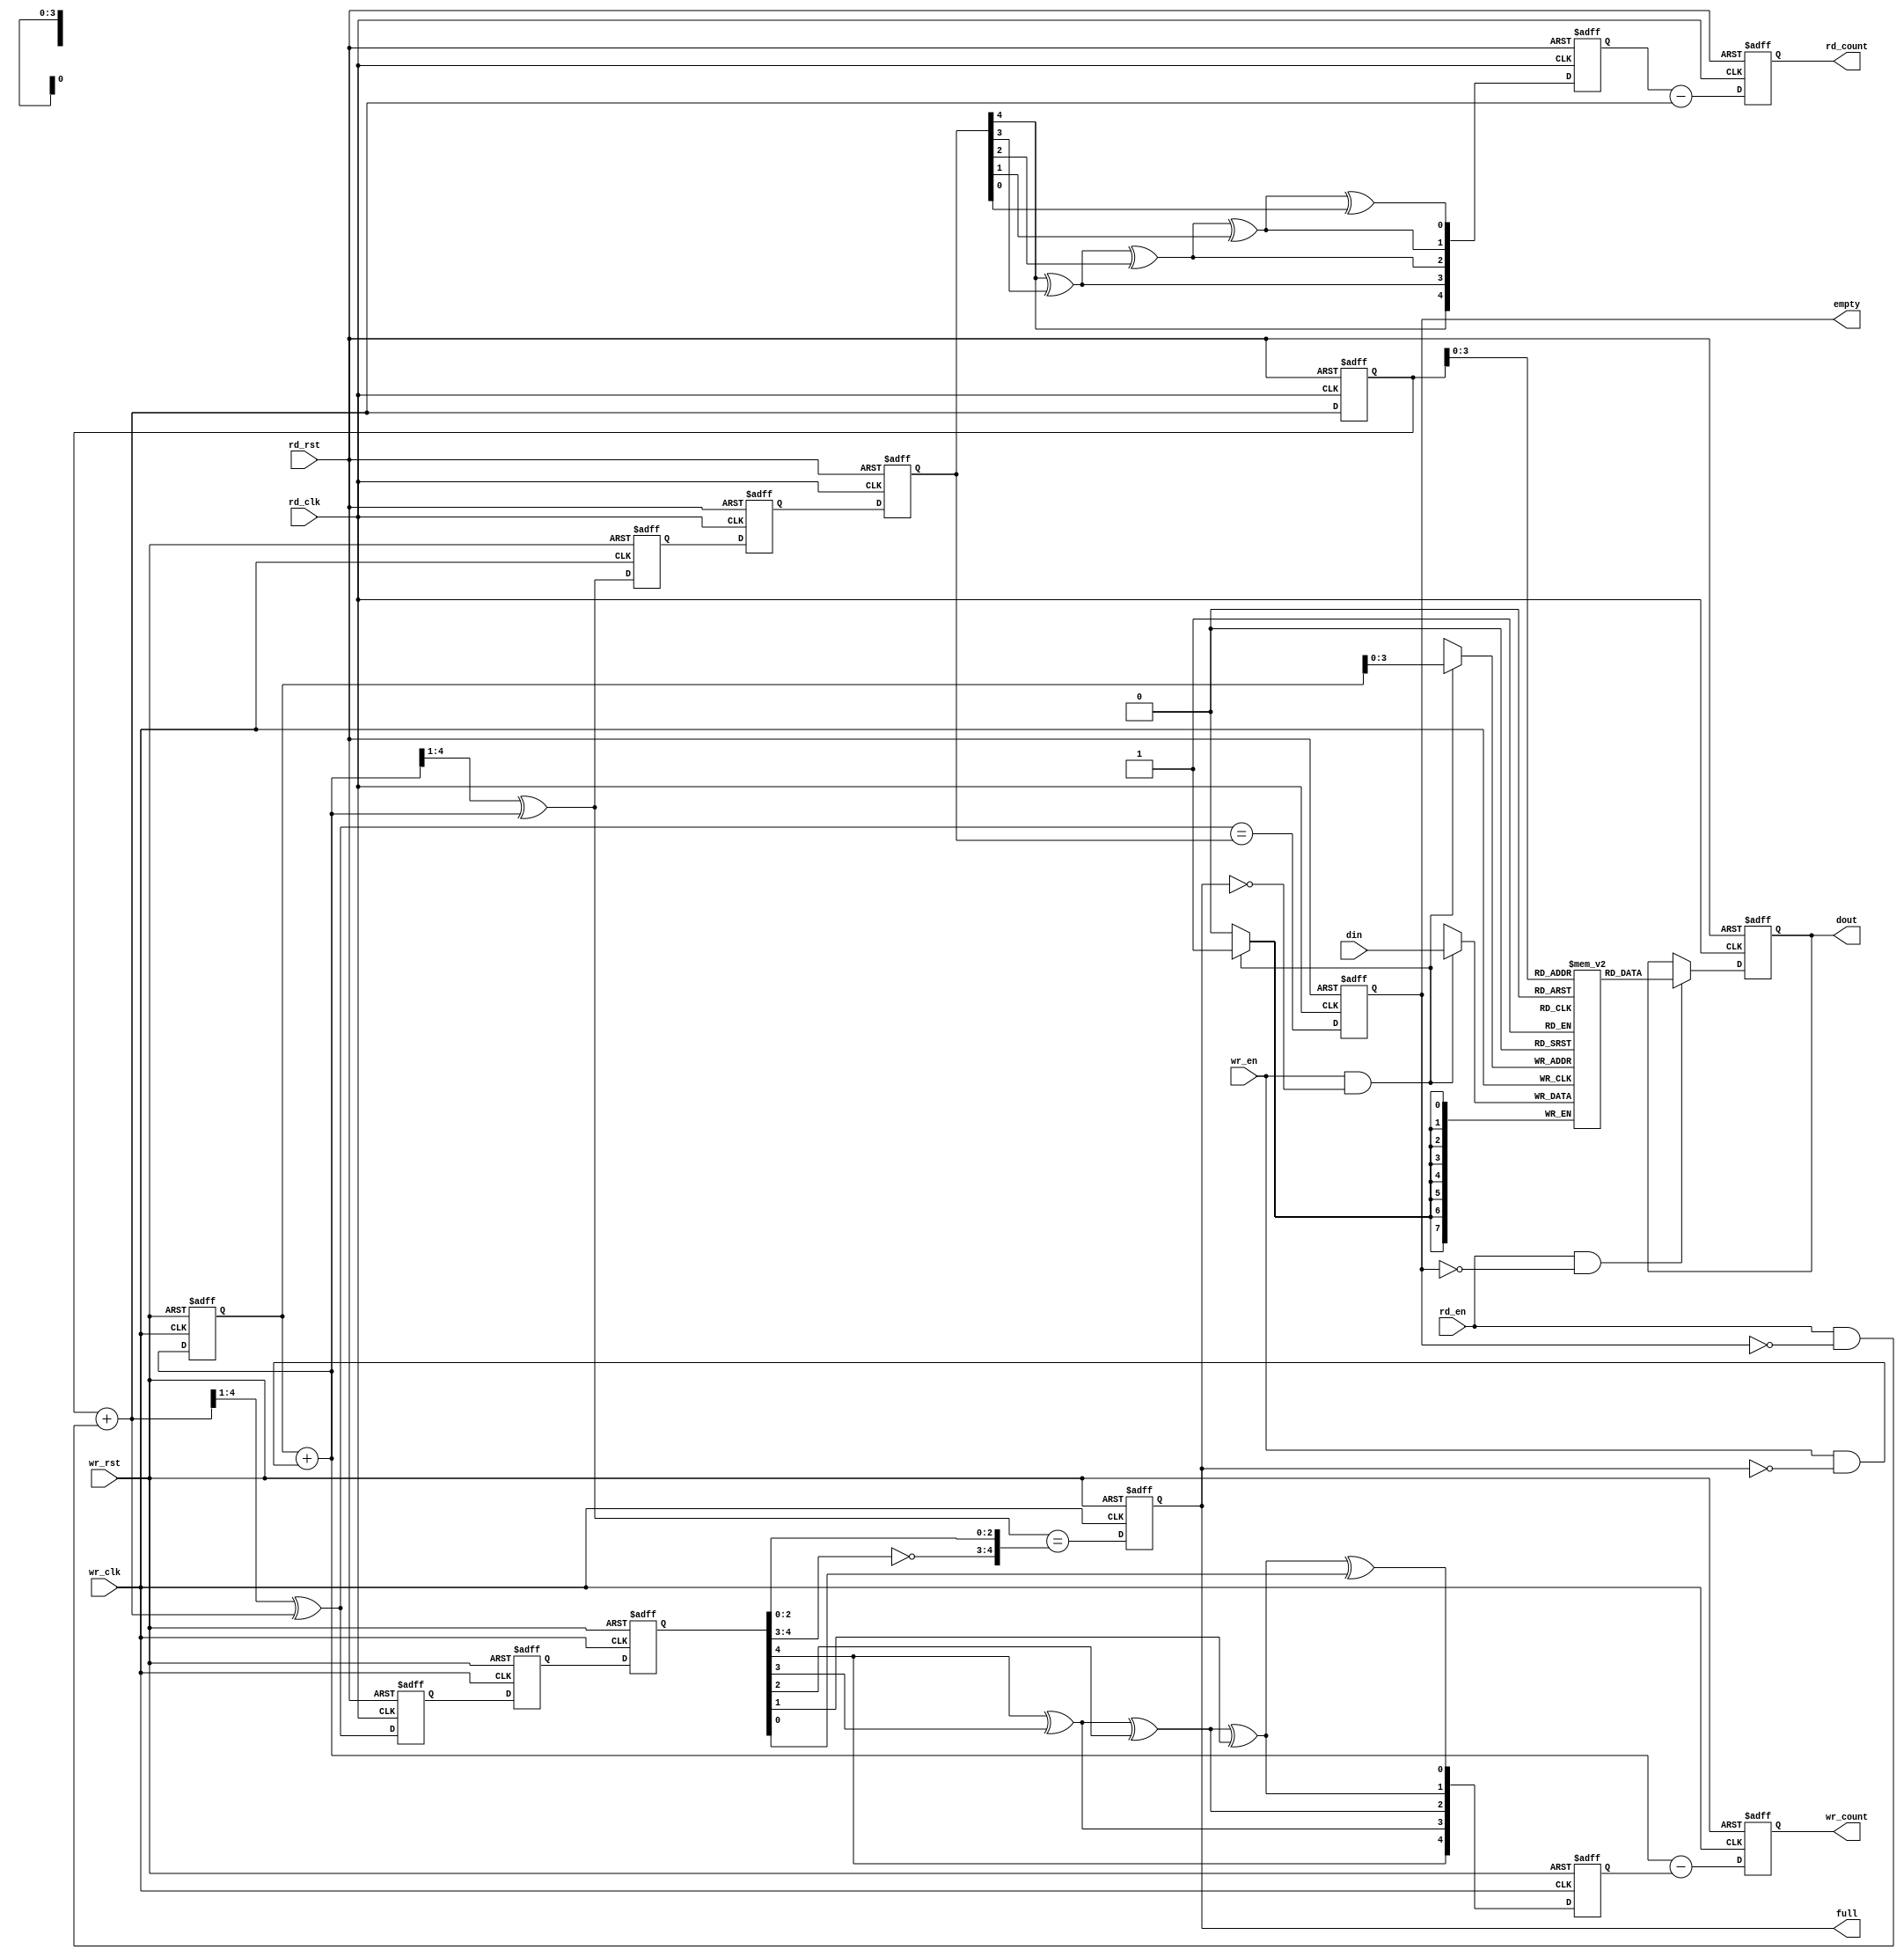
module fifo_async(
	wr_rst,
	wr_clk,
	din,
	wr_en,
	full,
	wr_count,
	rd_rst,
	rd_clk,
	dout,
	rd_en,
	empty,
	rd_count
);
parameter DSIZE = 8;
parameter ASIZE = 4;
parameter MODE = "NORMAL";

function [ASIZE:0] gray_encode(input [ASIZE:0] binary);
begin
	gray_encode = (binary>>1) ^ binary;
end
endfunction

function [ASIZE:0] gray_decode(input [ASIZE:0] gray);
	integer i;
begin
	gray_decode[ASIZE] = gray[ASIZE];
	for(i=ASIZE-1;i>=0;i=i-1)
		gray_decode[i] = gray_decode[i+1]^gray[i];
end
endfunction

output [DSIZE-1:0] dout;
output full;
output empty;
output [ASIZE:0] wr_count;
output [ASIZE:0] rd_count;
input [DSIZE-1:0] din;
input wr_en, wr_clk, wr_rst;
input rd_en, rd_clk, rd_rst;

reg full,empty;
reg [ASIZE:0] wptr, rptr;
reg [ASIZE:0] rbin, wbin;
(* ASYNC_REG = "TRUE" *) reg [ASIZE:0] wq2_rptr, wq1_rptr;
(* ASYNC_REG = "TRUE" *) reg [ASIZE:0] rq2_wptr, rq1_wptr;
reg [ASIZE:0] wq2_rbin;
reg [ASIZE:0] rq2_wbin;
reg [ASIZE:0] wr_count;
reg [ASIZE:0] rd_count;

reg [DSIZE-1:0] mem[0:(1<<ASIZE)-1];

wire [ASIZE-1:0] waddr, raddr;
wire [ASIZE:0]  rgraynext, rbinnext,wgraynext,wbinnext;
wire  empty_val,full_val;

generate
if(MODE=="FWFT") begin
	assign dout=mem[raddr];
end
else begin
	reg [DSIZE-1:0] dout_r;
	always @(posedge rd_clk or posedge rd_rst)
	begin
		if(rd_rst)
			dout_r <= 0;
		else if(rd_en && !empty)
			dout_r <= mem[raddr];
	end
	assign dout=dout_r;
end
endgenerate

// Write data latch
always@(posedge wr_clk)
begin
	if (wr_en && !full)
		mem[waddr] <= din;
end

// Read pointer synchornization
always @(posedge wr_clk or posedge wr_rst)
	if (wr_rst)
		{wq2_rptr,wq1_rptr} <= 0;
	else
		{wq2_rptr,wq1_rptr} <= {wq1_rptr,rptr};

// Write pointer synchornization
always @(posedge rd_clk or posedge rd_rst)
	if (rd_rst)
		{rq2_wptr,rq1_wptr} <= 0;
	else
		{rq2_wptr,rq1_wptr} <= {rq1_wptr,wptr};

// Read pointers
always @(posedge rd_clk or posedge rd_rst)
begin
if (rd_rst)
	{rbin, rptr} <= 0;
else
	{rbin, rptr} <= {rbinnext, rgraynext};
end

// Memory read-address pointer (okay to use binary to address memory)
assign raddr = rbin[ASIZE-1:0];
assign rbinnext = rbin + (rd_en & ~empty);
//assign rgraynext = (rbinnext>>1) ^ rbinnext;
assign rgraynext = gray_encode(rbinnext);

// FIFO empty when the next rptr == synchronized wptr or on reset
assign empty_val = (rgraynext == rq2_wptr);
always @(posedge rd_clk or posedge rd_rst)
begin
 if (rd_rst)
	 empty <= 1'b1;
 else
	 empty <= empty_val;
end

always @(posedge rd_clk or posedge rd_rst)
begin
	if(rd_rst)
		rq2_wbin <= 0;
	else
		rq2_wbin <= gray_decode(rq2_wptr);
end

always @(posedge rd_clk or posedge rd_rst)
begin
	if(rd_rst)
		rd_count <= 0;
	else
		rd_count <= rq2_wbin - rbinnext;
end

// Write pointers
always @(posedge wr_clk or posedge wr_rst)
begin
	if (wr_rst)
		{wbin, wptr} <= 0;
	else
		{wbin, wptr} <= {wbinnext, wgraynext};
end

// Memory write-address pointer (okay to use binary to address memory)
assign waddr = wbin[ASIZE-1:0];
assign wbinnext = wbin + (wr_en & ~full);
//assign wgraynext = (wbinnext>>1) ^ wbinnext;
assign wgraynext = gray_encode(wbinnext);

//------------------------------------------------------------------
// Simplified version of the three necessary full-tests:
// assign full_val=((wgnext[ADDRSIZE] !=wq2_rptr[ADDRSIZE] ) &&
// (wgnext[ADDRSIZE-1] !=wq2_rptr[ADDRSIZE-1]) &&
// (wgnext[ADDRSIZE-2:0]==wq2_rptr[ADDRSIZE-2:0]));

//------------------------------------------------------------------
assign full_val = (wgraynext=={~wq2_rptr[ASIZE:ASIZE-1], wq2_rptr[ASIZE-2:0]});
always @(posedge wr_clk or posedge wr_rst)
begin
	if (wr_rst)
		full <= 1'b0;
	else
		full <= full_val;
end

always @(posedge wr_clk or posedge wr_rst)
begin
	if(wr_rst)
		wq2_rbin <= 0;
	else
		wq2_rbin <= gray_decode(wq2_rptr);
end

always @(posedge wr_clk or posedge wr_rst)
begin
	if(wr_rst)
		wr_count <= 0;
	else
		wr_count <= wbinnext - wq2_rbin;
end

endmodule